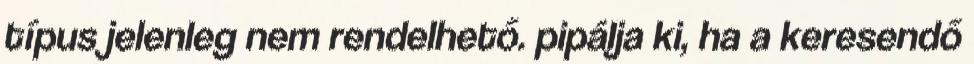
típus jelenleg nem rendelhető. pipálja ki, ha a keresendő